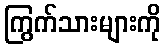
ကြွက်သားများကို